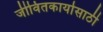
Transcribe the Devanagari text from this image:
जीवितकार्यासाठी